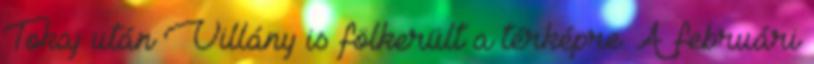
Tokaj után Villány is fölkerült a térképre. A februári